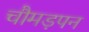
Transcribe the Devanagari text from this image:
चौमड़पन